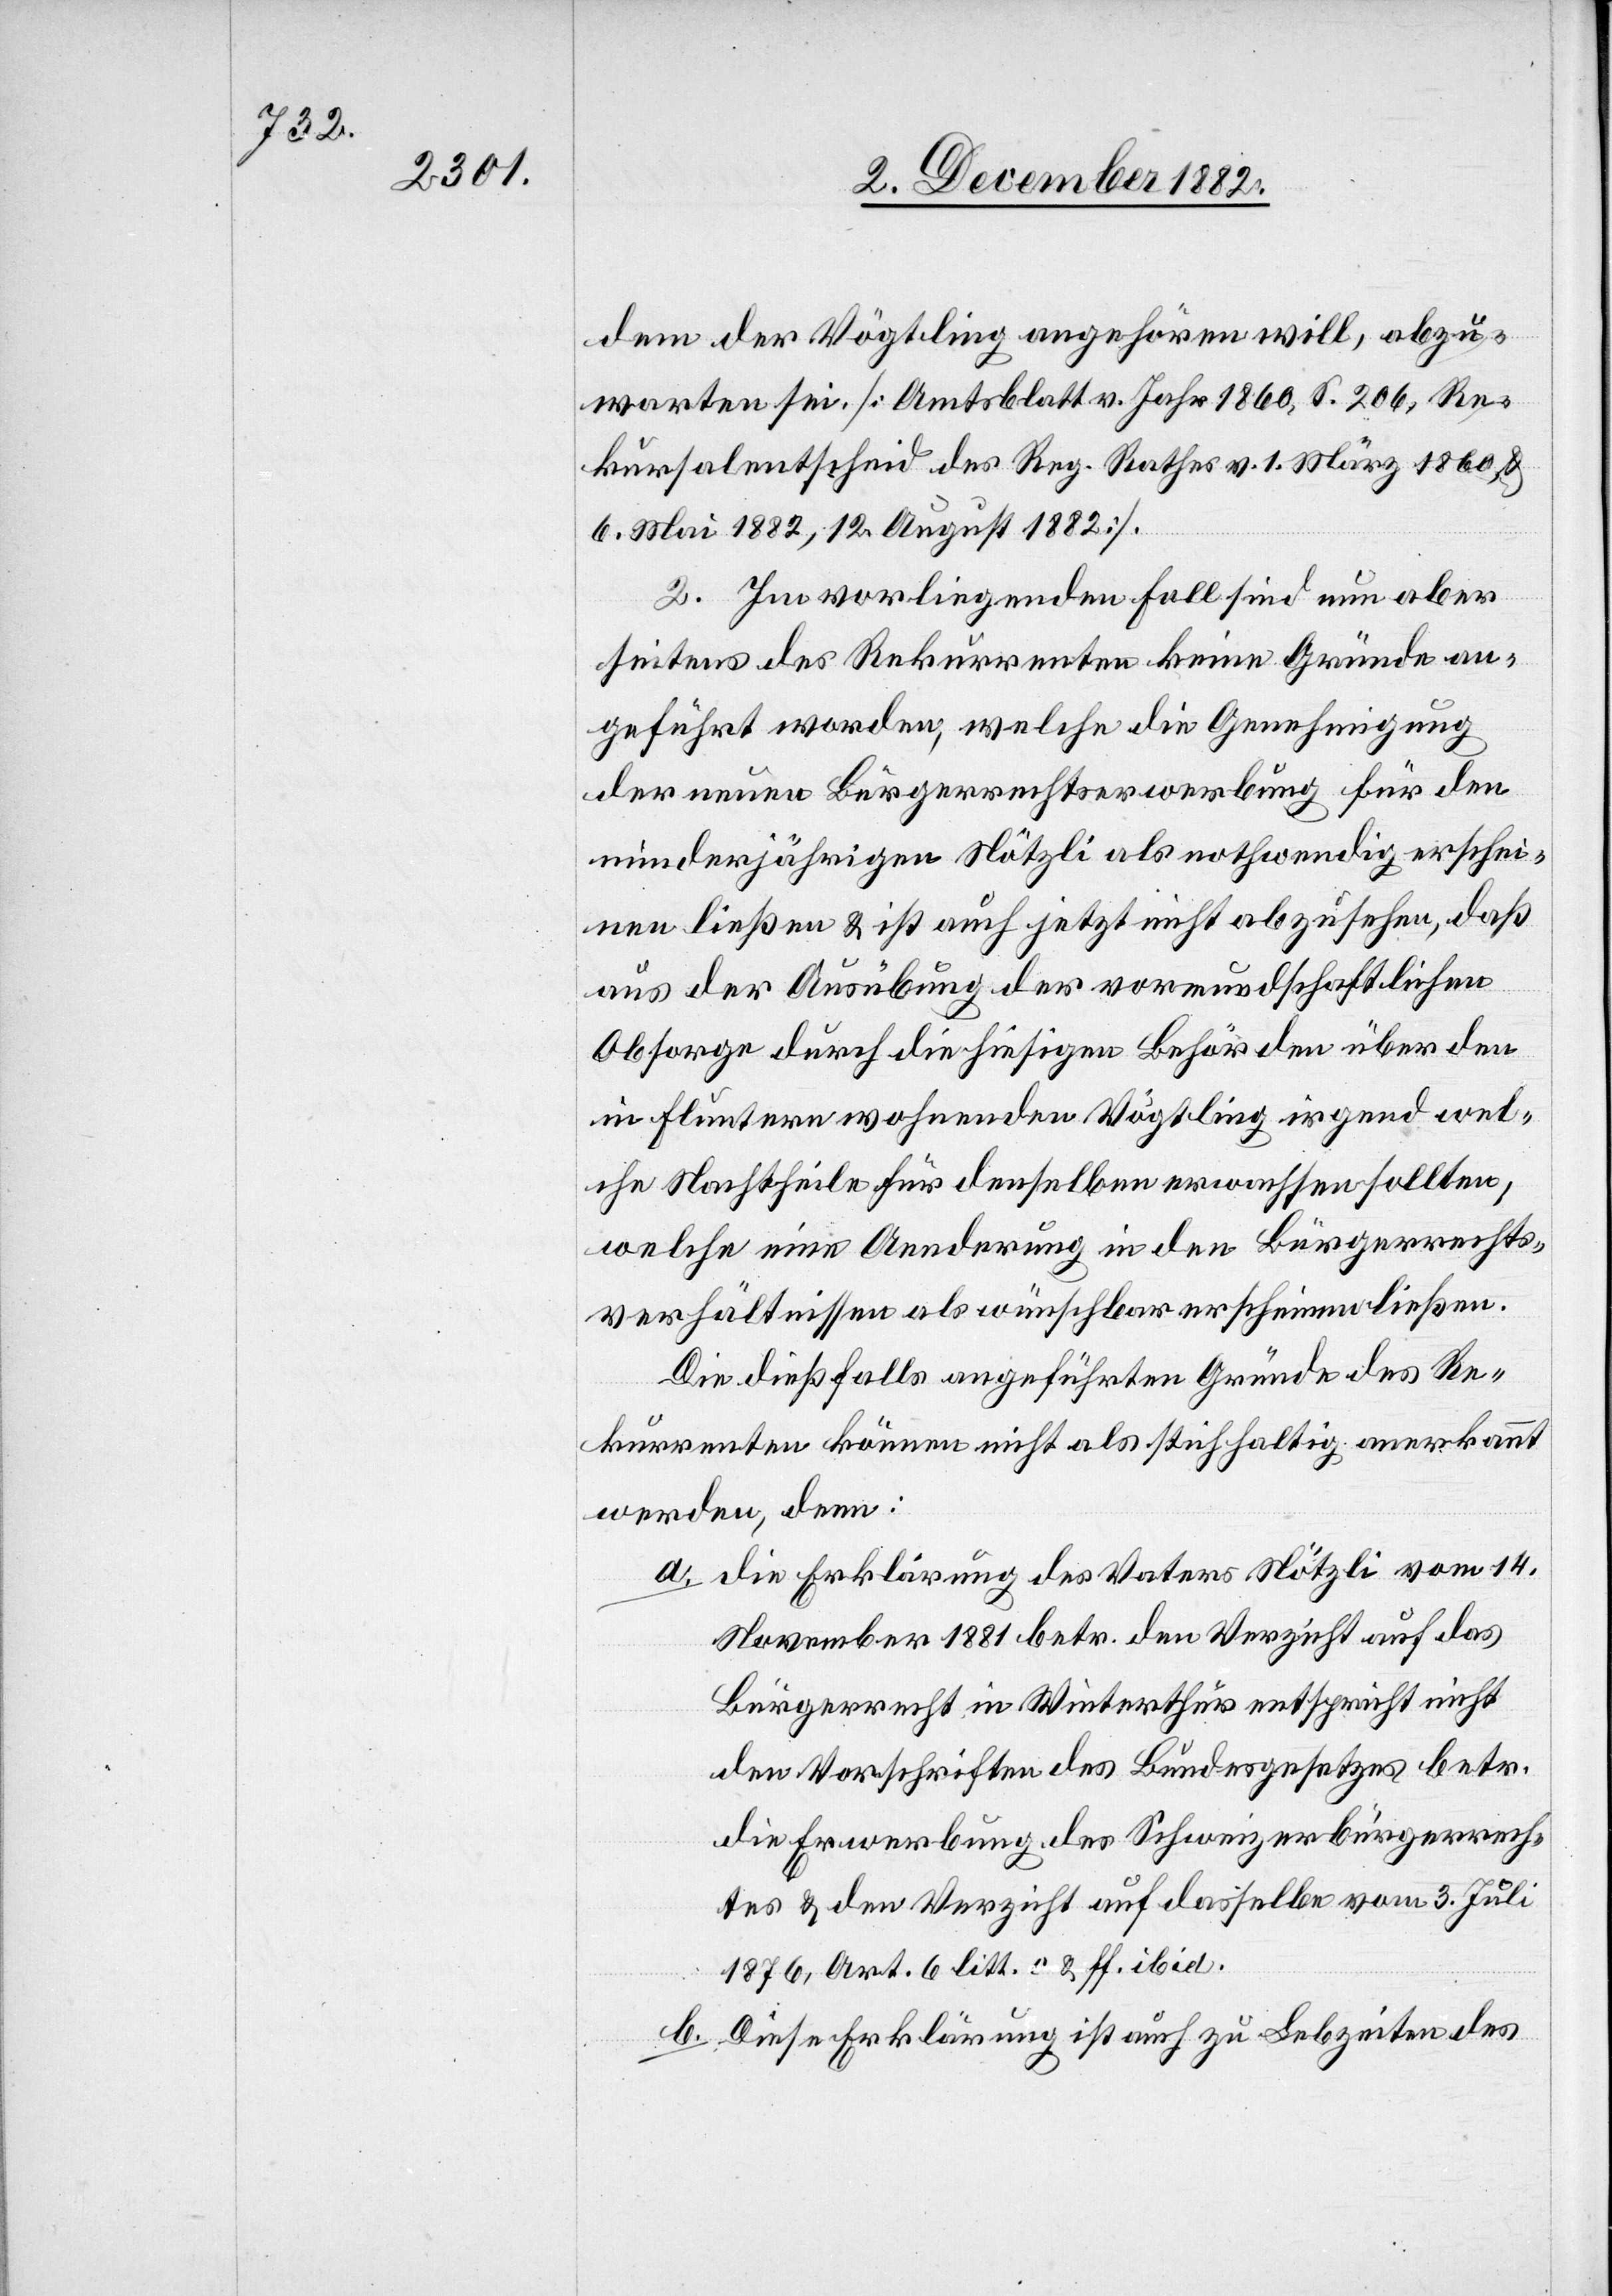
dem der Vögtling angehören will, abzu¬
warten sei. [Amtsblatt v. Jahr 1860, S. 206, Re¬
kursalentscheid des Reg. Rathes v. 1. März 1860 &
6. Mai 1882, 12. August 1882].
2. Im vorliegenden Fall sind nun aber
seitens des Rekurrenten keine Gründe an¬
geführt worden, welche die Genehmigung
der neuen Bürgerrechtserwerbung für den
minderjährigen Nötzli als nothwendig erschei¬
nen ließen & ist auch jetzt nicht abzusehen, daß
aus der Ausübung der vormundschaftlichen
Obsorge durch die hiesigen Behörden über den
in Fluntern wohnenden Vögtling irgend wel¬
che Nachtheile für denselben erwachsen sollten,
welche eine Aenderung in den Bürgerrechts¬
verhältnissen als wünschbar erscheinen ließen.
Die dießfalls angeführten Gründe des Re¬
kurrenten können nicht als stichhaltig anerkannt
werden, denn:
a. die Erklärung des Vaters Nötzli vom 14.
November 1881 betr. den Verzicht auf das
Bürgerrecht in Winterthur entspricht nicht
den Vorschriften des Bundesgesetzes betr.
die Erwerbung des Schweizerbürgerrech¬
tes & den Verzicht auf dasselbe vom 3. Juli
1876, Art. 6 litt. c & ff. ibid.
b. Diese Erklärung ist auch zu Lebzeiten des